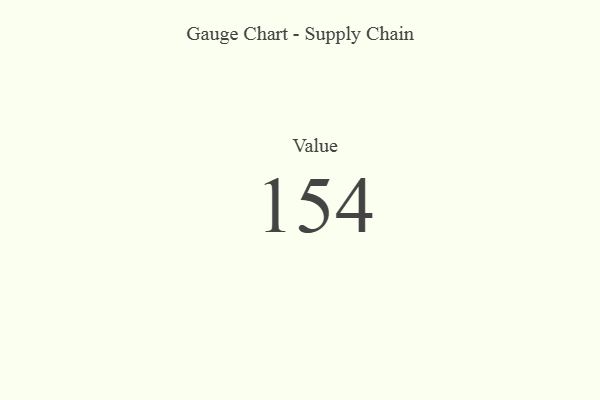
{"axis": {"x": "Metric", "y": "Value"}, "legend": [""], "data": [{"x": "Value", "y": 154, "type": ""}]}